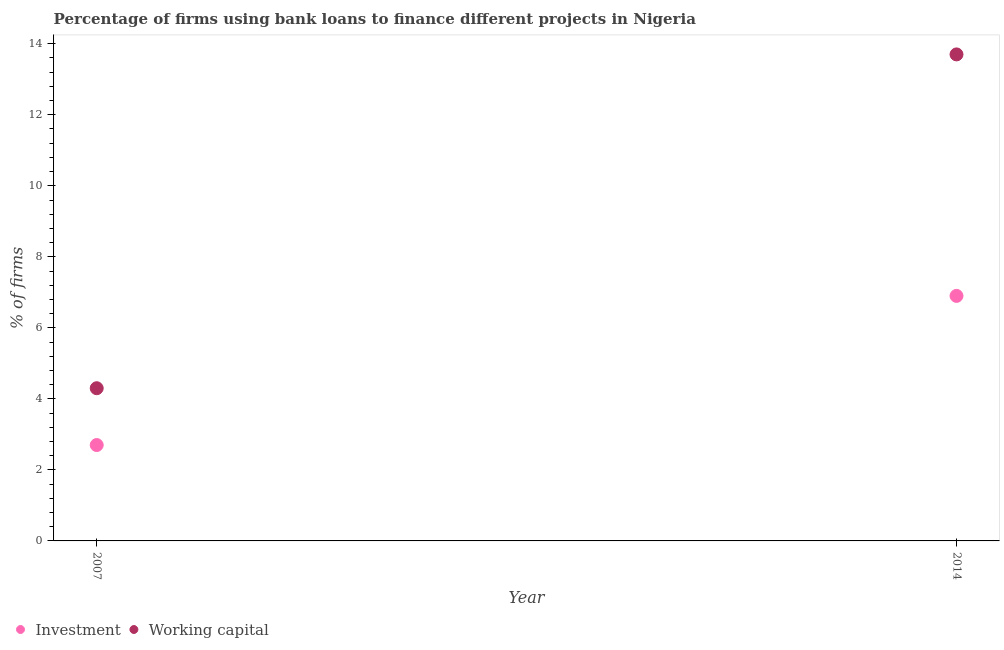
| Year | Investment | Working capital |
 | --- | --- | --- |
 | 2007 | 2.7 | 4.3 |
 | 2014 | 6.9 | 13.7 |